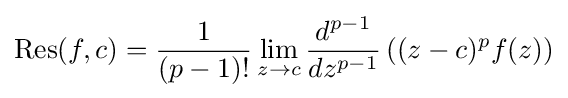
\operatorname {Res} (f,c)={\frac {1}{(p-1)!}}\lim _{z\to c}{\frac {d^{p-1}}{dz^{p-1}}}\left((z-c)^{p}f(z)\right)